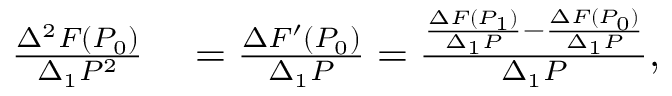
\begin{array} { r l } { { \frac { \Delta ^ { 2 } F ( P _ { 0 } ) } { \Delta _ { 1 } P ^ { 2 } } } } & { { } = { \frac { \Delta F ^ { \prime } ( P _ { 0 } ) } { \Delta _ { 1 } P } } = { \frac { { \frac { \Delta F ( P _ { 1 } ) } { \Delta _ { 1 } P } } - { \frac { \Delta F ( P _ { 0 } ) } { \Delta _ { 1 } P } } } { \Delta _ { 1 } P } } , } \end{array}